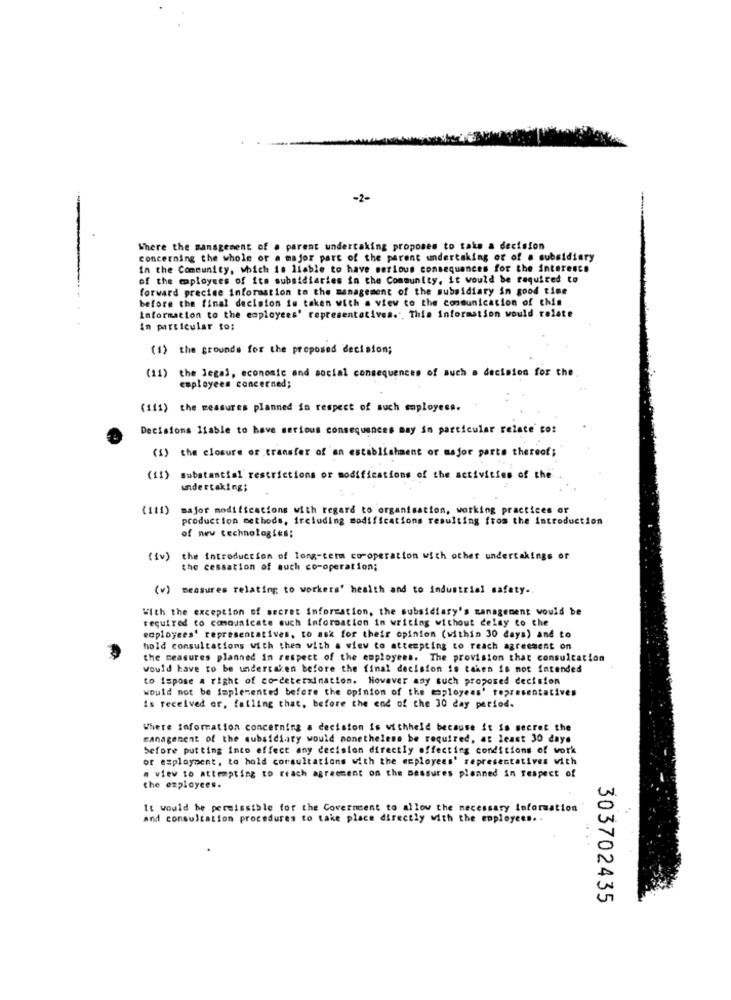
-2-
Where the management of . parent undertaking proposes to take a decision
concerning the whole or a major part of the parent undertaking or of a subsidiary
in the Community, which is liable to have serious consequences for the interests
of the employees of its subsidiaries in the Community, it would be required to
forward precise information to the management of the subsidiary in good time
before the final decision is taken with a view to the communication of chin
Information to the employees' representatives ., This Information would relate
In particular to:
(1) the grounds for the proposed decision;
(11) the legal, economic and social consequences of such a decision for the
employees concerned;
(111) the measures planned in respect of such employees.
Decisions liable to have serious consequences may in particular relate to:
(1) the closure of transfer of an establishment or major parte thereof;
(11) substantial restrictions or modifications of the activities of che
undertaking;
(111) major modifications with regard to organisation, working practices or
production methods, including modifications resulting from the introduction
of new technologies;
( Iv)
the introduction of long-term co-operation with other undertakings of
the cessation of auch co-operation;
(v) measures relating to workers' health and to industrial safety ..
With the exception of secret information, the subsidiary's management would be
required to communicate such information in writing without delay to the
employees' representatives, to ask for their opinion (within 30 days) and to
hold consultations with thes with a view to attempting to reach agreement on
the measures planned in respect of the employees. The provision that consultation
would have to be undertaken before the final decision is taken is not intended
to Ispose a right of co-determination. However any such proposed decision
would not be implemented before the opinion of the maployeas' representatives
is received or, failing that, before the end of the 30 day period.
Where information concerning a decision is withheld because it is secret the
management of the subsidiary would nonetheless be required, at least 30 days
before putting Into effect any decision directly affecting conditions of work
or esplayaent, to hold consultations with the employees' representatives with
a view to attempting to reach agreement on the measures planned in respect of
the employees.
It would be permissible for the Coverment to allow the necessary Information
and consultation procedures to take place directly with the employees ..
303702435